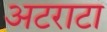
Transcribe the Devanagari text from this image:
अटराटा